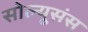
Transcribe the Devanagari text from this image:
सोल्यूसंस